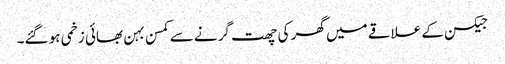
جیکسن کے علاقے میں گھر کی چھت گرنے سے کمسن بہن بھائی زخمی ہو گئے۔